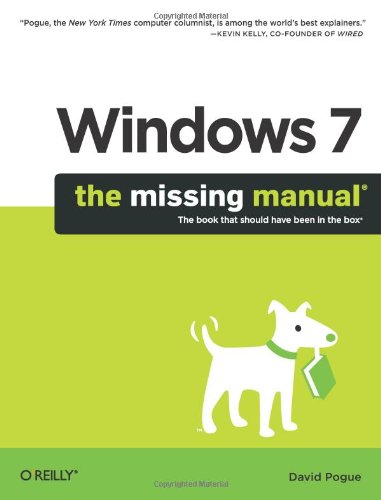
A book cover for Windows 7: The Missing Manual; David Pogue; Computers & Technology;